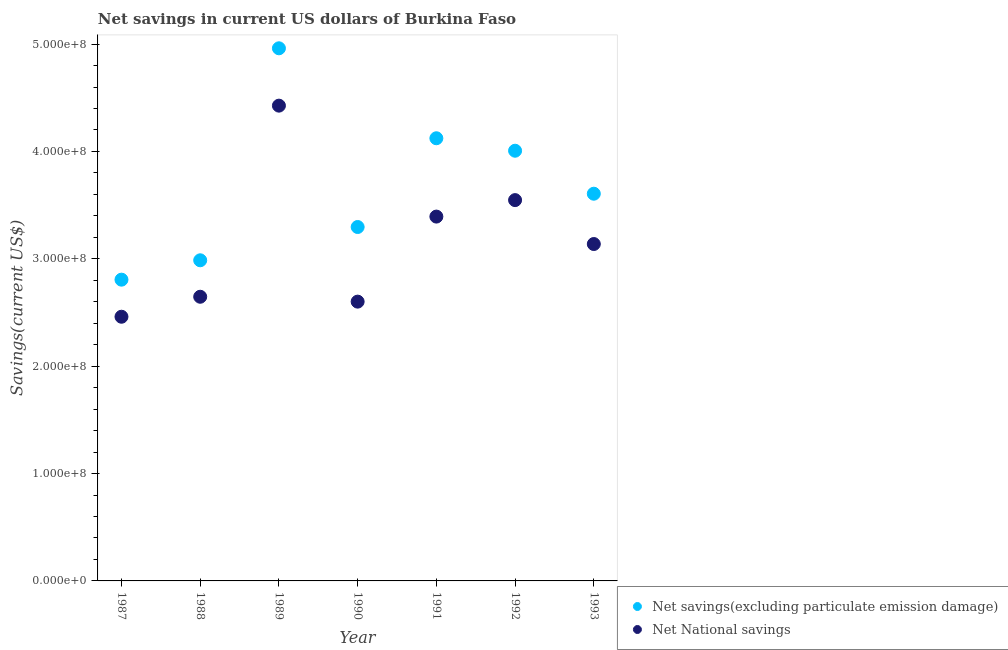
| Year | Net savings(excluding particulate emission damage) | Net National savings |
 | --- | --- | --- |
 | 1987 | 2.81e+08 | 2.46e+08 |
 | 1988 | 2.99e+08 | 2.65e+08 |
 | 1989 | 4.96e+08 | 4.43e+08 |
 | 1990 | 3.3e+08 | 2.6e+08 |
 | 1991 | 4.12e+08 | 3.39e+08 |
 | 1992 | 4.01e+08 | 3.55e+08 |
 | 1993 | 3.61e+08 | 3.14e+08 |